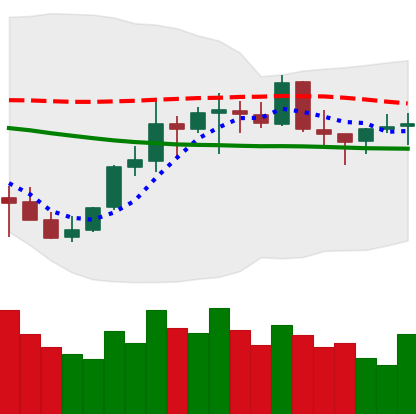
Ticker: EOS-USD
Chart end date: 2021-10-15
Forward return: 3.813%
Label: up_3_5